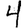
Digit: 4